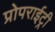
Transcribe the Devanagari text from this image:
प्रोपराईट्री